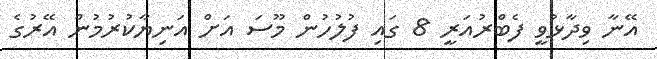
އޭނާ ވިދާޅުވީ ފެބްރުއަރީ 8 ގައި ފުލުހުން މޫސަ އަށް އަނިޔާކުރުމުން އޭރުގެ